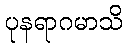
ပုနရာဂမာသိ